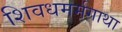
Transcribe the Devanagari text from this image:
शिवधमर्मगाथा